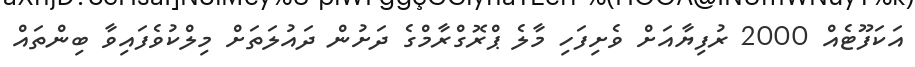
އަކަފޫޓެއް 2000 ރުފިޔާއަށްް ވެށިފަހި މާލެ ޕްރޮގްރާމްގެ ދަށުން ދައުލަތަށް މިލްކުވެފައިވާ ބިންތައް